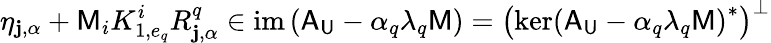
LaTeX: \eta_{\mathbf{j},\alpha}+\mathsf{{M}}_{i}K_{1,e_{q}}^{i}R_{\mathbf{j},\alpha}^{q}\in\mathrm{{im}}\left(\mathsf{{A}}_{\mathsf{{U}}}-\alpha_{q}\lambda_{q}\mathsf{{M}}\right)=\left(\mathrm{{ker}}\left(\mathsf{{A}}_{\mathsf{{U}}}-\alpha_{q}\lambda_{q}\mathsf{{M}}\right)^{*}\right)^{\perp}